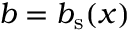
b = \ensuremath { b _ { \mathrm { s } } } ( x )